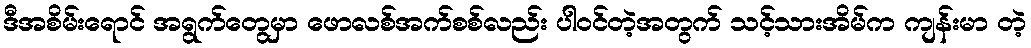
ဒီအစိမ်းရောင် အရွက်တွေမှာ ဖောလစ်အက်စစ်လည်း ပါဝင်တဲ့အတွက် သင့်သားအိမ်က ကျန်းမာ တဲ့